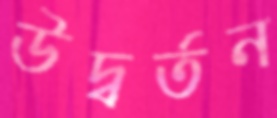
উদ্বর্তন